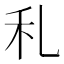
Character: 𥝏